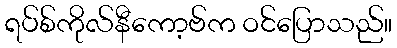
ရပ်စ်ကိုလ်နီကော့ဗ်က ဝင်ပြောသည်။